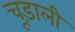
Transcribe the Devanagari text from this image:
चूड़ाली